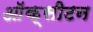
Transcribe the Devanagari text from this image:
ऑक्सीटन